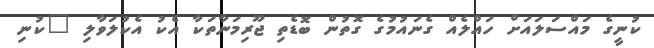
ކުނީގެ މައްސަލައަށް ހައްލެއް ގެނައުމުގެ ގޮތުން ބޮޑެތި ޖޫރިމަނާތަކާ އެކު އެކުލަވާލި "ކުނި